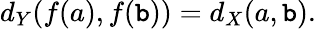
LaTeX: d_{Y}\! \left(f(a),f(\mathtt{b})\right)=d_{X}(a,\mathtt{b}).